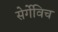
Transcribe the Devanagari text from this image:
सेर्गेविच